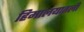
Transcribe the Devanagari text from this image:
हिमालयातली